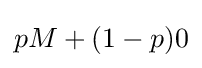
pM+(1-p)0